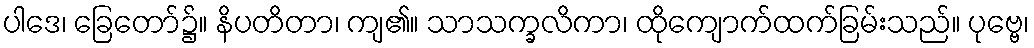
ပါဒေ၊ ခြေတော်၌။ နိပတိတာ၊ ကျ၏။ သာသက္ခလိကာ၊ ထိုကျောက်ထက်ခြမ်းသည်။ ပုဗ္ဗေ၊